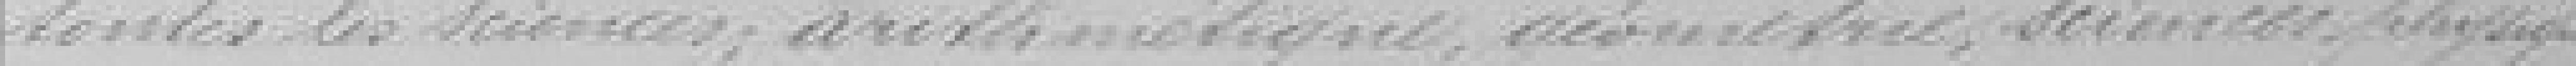
toutes les sciences; arithmétique, géométrie, sciences physiques